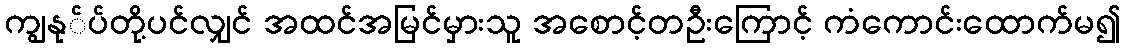
ကျွနု်ပ်တို့ပင်လျှင် အထင်အမြင်မှားသူ အစောင့်တဦးကြောင့် ကံကောင်းထောက်မ၍